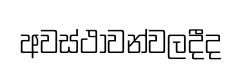
අවස්ථාවන්වලදීද